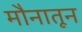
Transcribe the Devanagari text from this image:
मौनातून